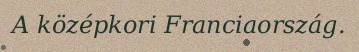
A középkori Franciaország.